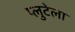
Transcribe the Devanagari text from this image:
प्लुटेला